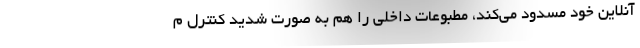
آنلاین خود مسدود می‌کند، مطبوعات داخلی را هم به صورت شدید کنترل م